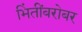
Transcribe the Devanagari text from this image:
भिंतींबरोबर